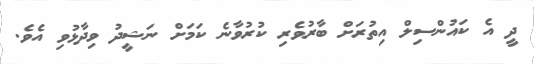
ދީ އެ ކައުންސިލް އިތުރަށް ބާރުވެރި ކުރުވާނެ ކަމަށް ނަޝީދު ވިދާޅުވި އެވެ.